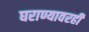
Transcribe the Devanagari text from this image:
घराण्यावरही